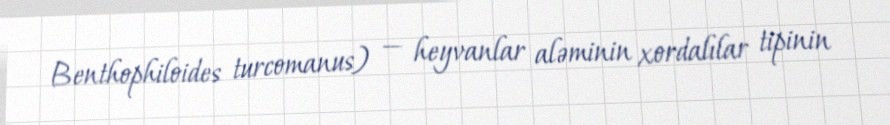
Benthophiloides turcomanus) — heyvanlar aləminin xordalılar tipinin